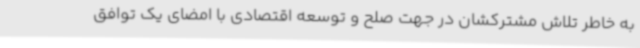
به خاطر تلاش مشترکشان در جهت صلح و توسعه اقتصادی با امضای یک توافق